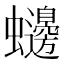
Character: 𮕙